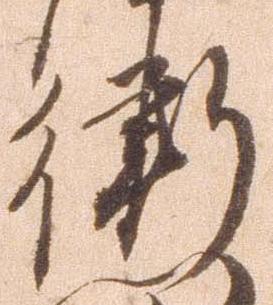
衛